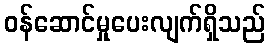
ဝန်ဆောင်မှုပေးလျက်ရှိသည်